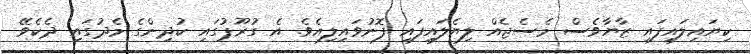
ކިޔައިލައިފައި ޒާޔާވެސް މެސެޖެއް ލިޔެލައިފައި ފޮނުވައިލިއެވެ. އެ ގުރޫޕުގައި ކުދިންގެ މެދުގައި ދެކެވޭ